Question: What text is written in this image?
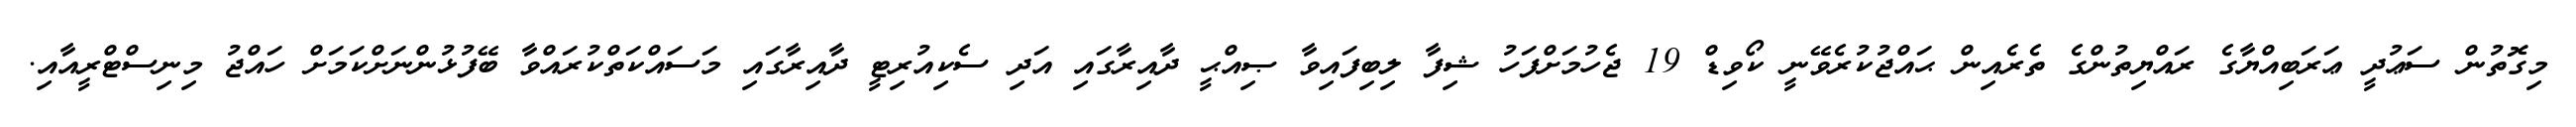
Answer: މިގޮތުން ސަޢުދީ ޢަރަބިއްޔާގެ ރައްޔިތުންގެ ތެރެއިން ޙައްޖުކުރެވޭނީ ކޯވިޑް 19 ޖެހުމަށްފަހު ޝިފާ ލިބިފައިވާ ޞިއްޙީ ދާއިރާގައި އަދި ސެކިއުރިޓީ ދާއިރާގައި މަސައްކަތްކުރައްވާ ބޭފުޅުންނަށްކަމަށް ހައްޖު މިނިސްޓްރީއާއި.